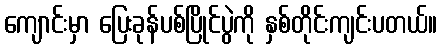
ကျောင်းမှာ ပြေးခုန်ပစ်ပြိုင်ပွဲကို နှစ်တိုင်းကျင်းပတယ်။